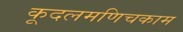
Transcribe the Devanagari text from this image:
कूदलमणिचकाम